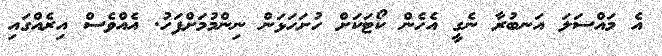
އެ މައްސަލަ އަނބުރާ ނެގީ އެހެން ކޯޓަކަށް ހުށަހަޅަން ނިންމުމަށްފަހު. އެއްވެސް އިރެއްގައި